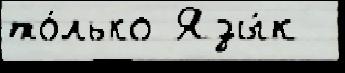
то́лько Язы́к